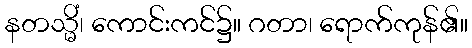
နတသ္မိံ၊ ကောင်းကင်၌။ ဂတာ၊ ရောက်ကုန်၏။